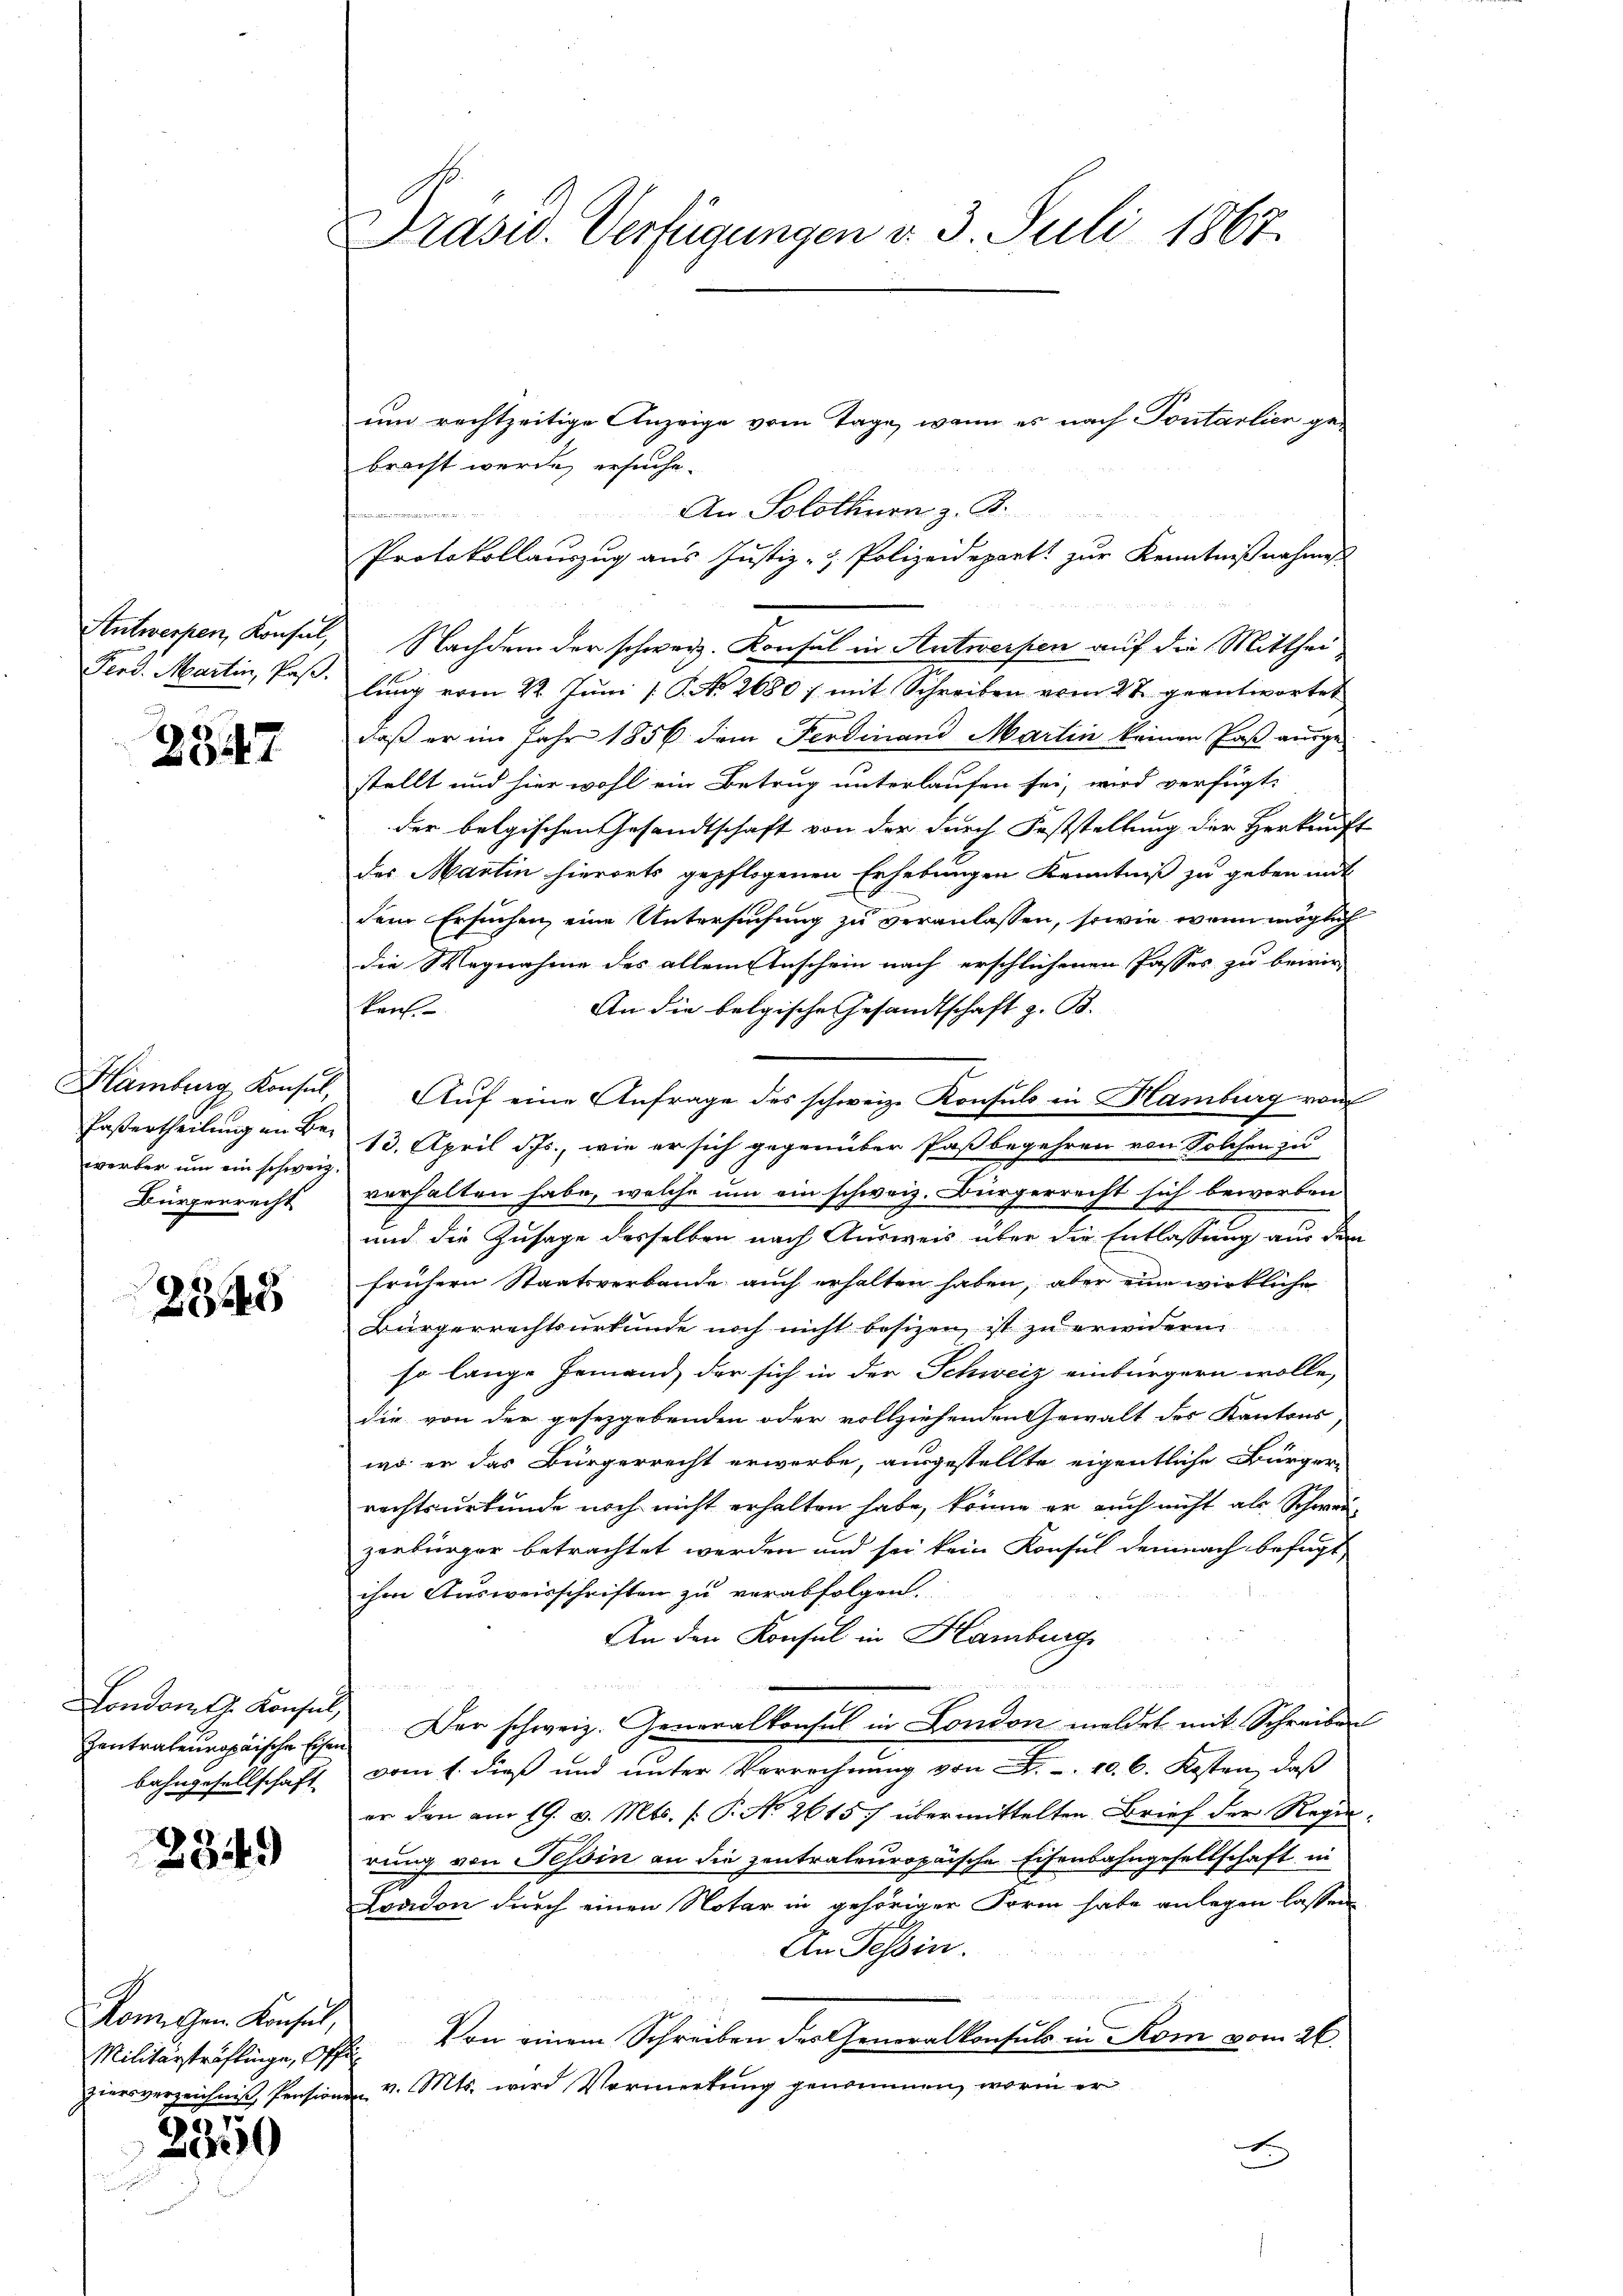
2847

werber um ein schweiz.
Bürgerrecht

2348

Londont Konsul,
bahngesellschaft

2349

Romischen Konsul,
Militärsträflinge, Offi¬
2350

Drasid. Verfügungen d. 3. Juli 1867.

bracht werde ersuche.
An Solothurn z. B.
Protokollauszug aus Justiz- & Polizeidepart zur Kenntnißnahmes
Antwerpen, Konsul, Nachdem der schweiz. Konsul in Antwerpen auf die Mitthei
Ferd. Martin, Paβ. Ging vom 22. Jŭni / P. No. 2680 f. mit Schreiben vom 27. geantwortet
daß er im Jahr 1856 dem Ferdinand Martin keinen Paß ausgestellt und hier wohl ein Betrug unterlaufen sei, wird verfügt:
der belgischen Gesandtschaft von der durch Feststellung der Herkunft
des Martin hierorts gepflogenen Erhebungen Kenntniß zu geben mit
dem Ersuchen, eine Untersuchung zu veranlassen, sowie wenn möglich
die Wegnahme des allem Inschein nach erschlichenen Passes zu bewir
An die belgische Gesandtschaft z. B.
tref
Hamburg Konsul, Auf eine Anfrage des schweiz. Konsuls in Hamburg vom
Paßertheilung an Br. 13. April d. Js., wie er sich gegenüber Paßbegehren von Solchen zu
verhalten habe, welche um ein schweiz. Bürgerrecht sich beworben
und die Zusage desselben nach Ausweis über die Entlassung aus den
frühern Staatsverbande auch erhalten haben, aber eine wirkliche
Bürgerrechtsurkunde noch nicht besizen, ist zu erwidern
so lange Jemand, der sich in der Schweiz einbürgern wolle,
die von der gesezgebenden oder vollziehenden Gewalt des Kantons,
wo er das Bürgerrecht erwerbe, ausgestellte eigentliche Bürger-
rechtsurkunde noch nicht erhalten habe, könne er auch nicht als Schweizerbürger betrachtet werden und sei kein Konsul demnach befugt
ihm Ausweisschriften zu verabfolgen.
An den Konsul in Hamburg
Zentrateŭropäische Ein Der schweiz. Generalkonsul in London meldet mit Schreiben
vom 1. dieß und unter Verrechnung von . . 10. 6. Kosten, daß
er den am 19. v. Mts. (: P. No 26157 übermittelten Brief der Regenrung von Tessin an die zentrateuropaische Eisenbahngesellschaft in
London durch einen Notar in gehöriger Form habe anlegen lassen
An Tessin.
Von einem Schreiben der Generalkonsuls in Kom vom 26.
Zursverzeichnis Pensionen v. Mts. wird Vormerkung genommen, worin er
E

um rechtzeitige Anzeige vom Tage, wenn es nach Pontarlier ge-